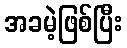
အခမဲ့ဖြစ်ပြီး